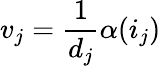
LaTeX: v_{j}={\frac{1}{d_{j}}}\alpha(i_{j})